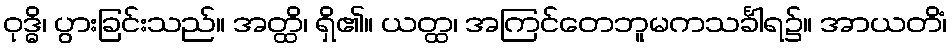
ဝုဒ္ဓိ၊ ပွားခြင်းသည်။ အတ္ထိ၊ ရှိ၏။ ယတ္ထ၊ အကြင်တေဘူမကသင်္ခါရ၌။ အာယတိံ၊